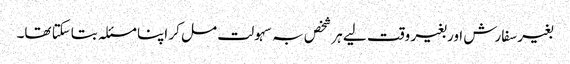
بغیر سفارش اور بغیر وقت لیے ہر شخص بہ سہولت مل کر اپنا مسئلہ بتاسکتا تھا۔